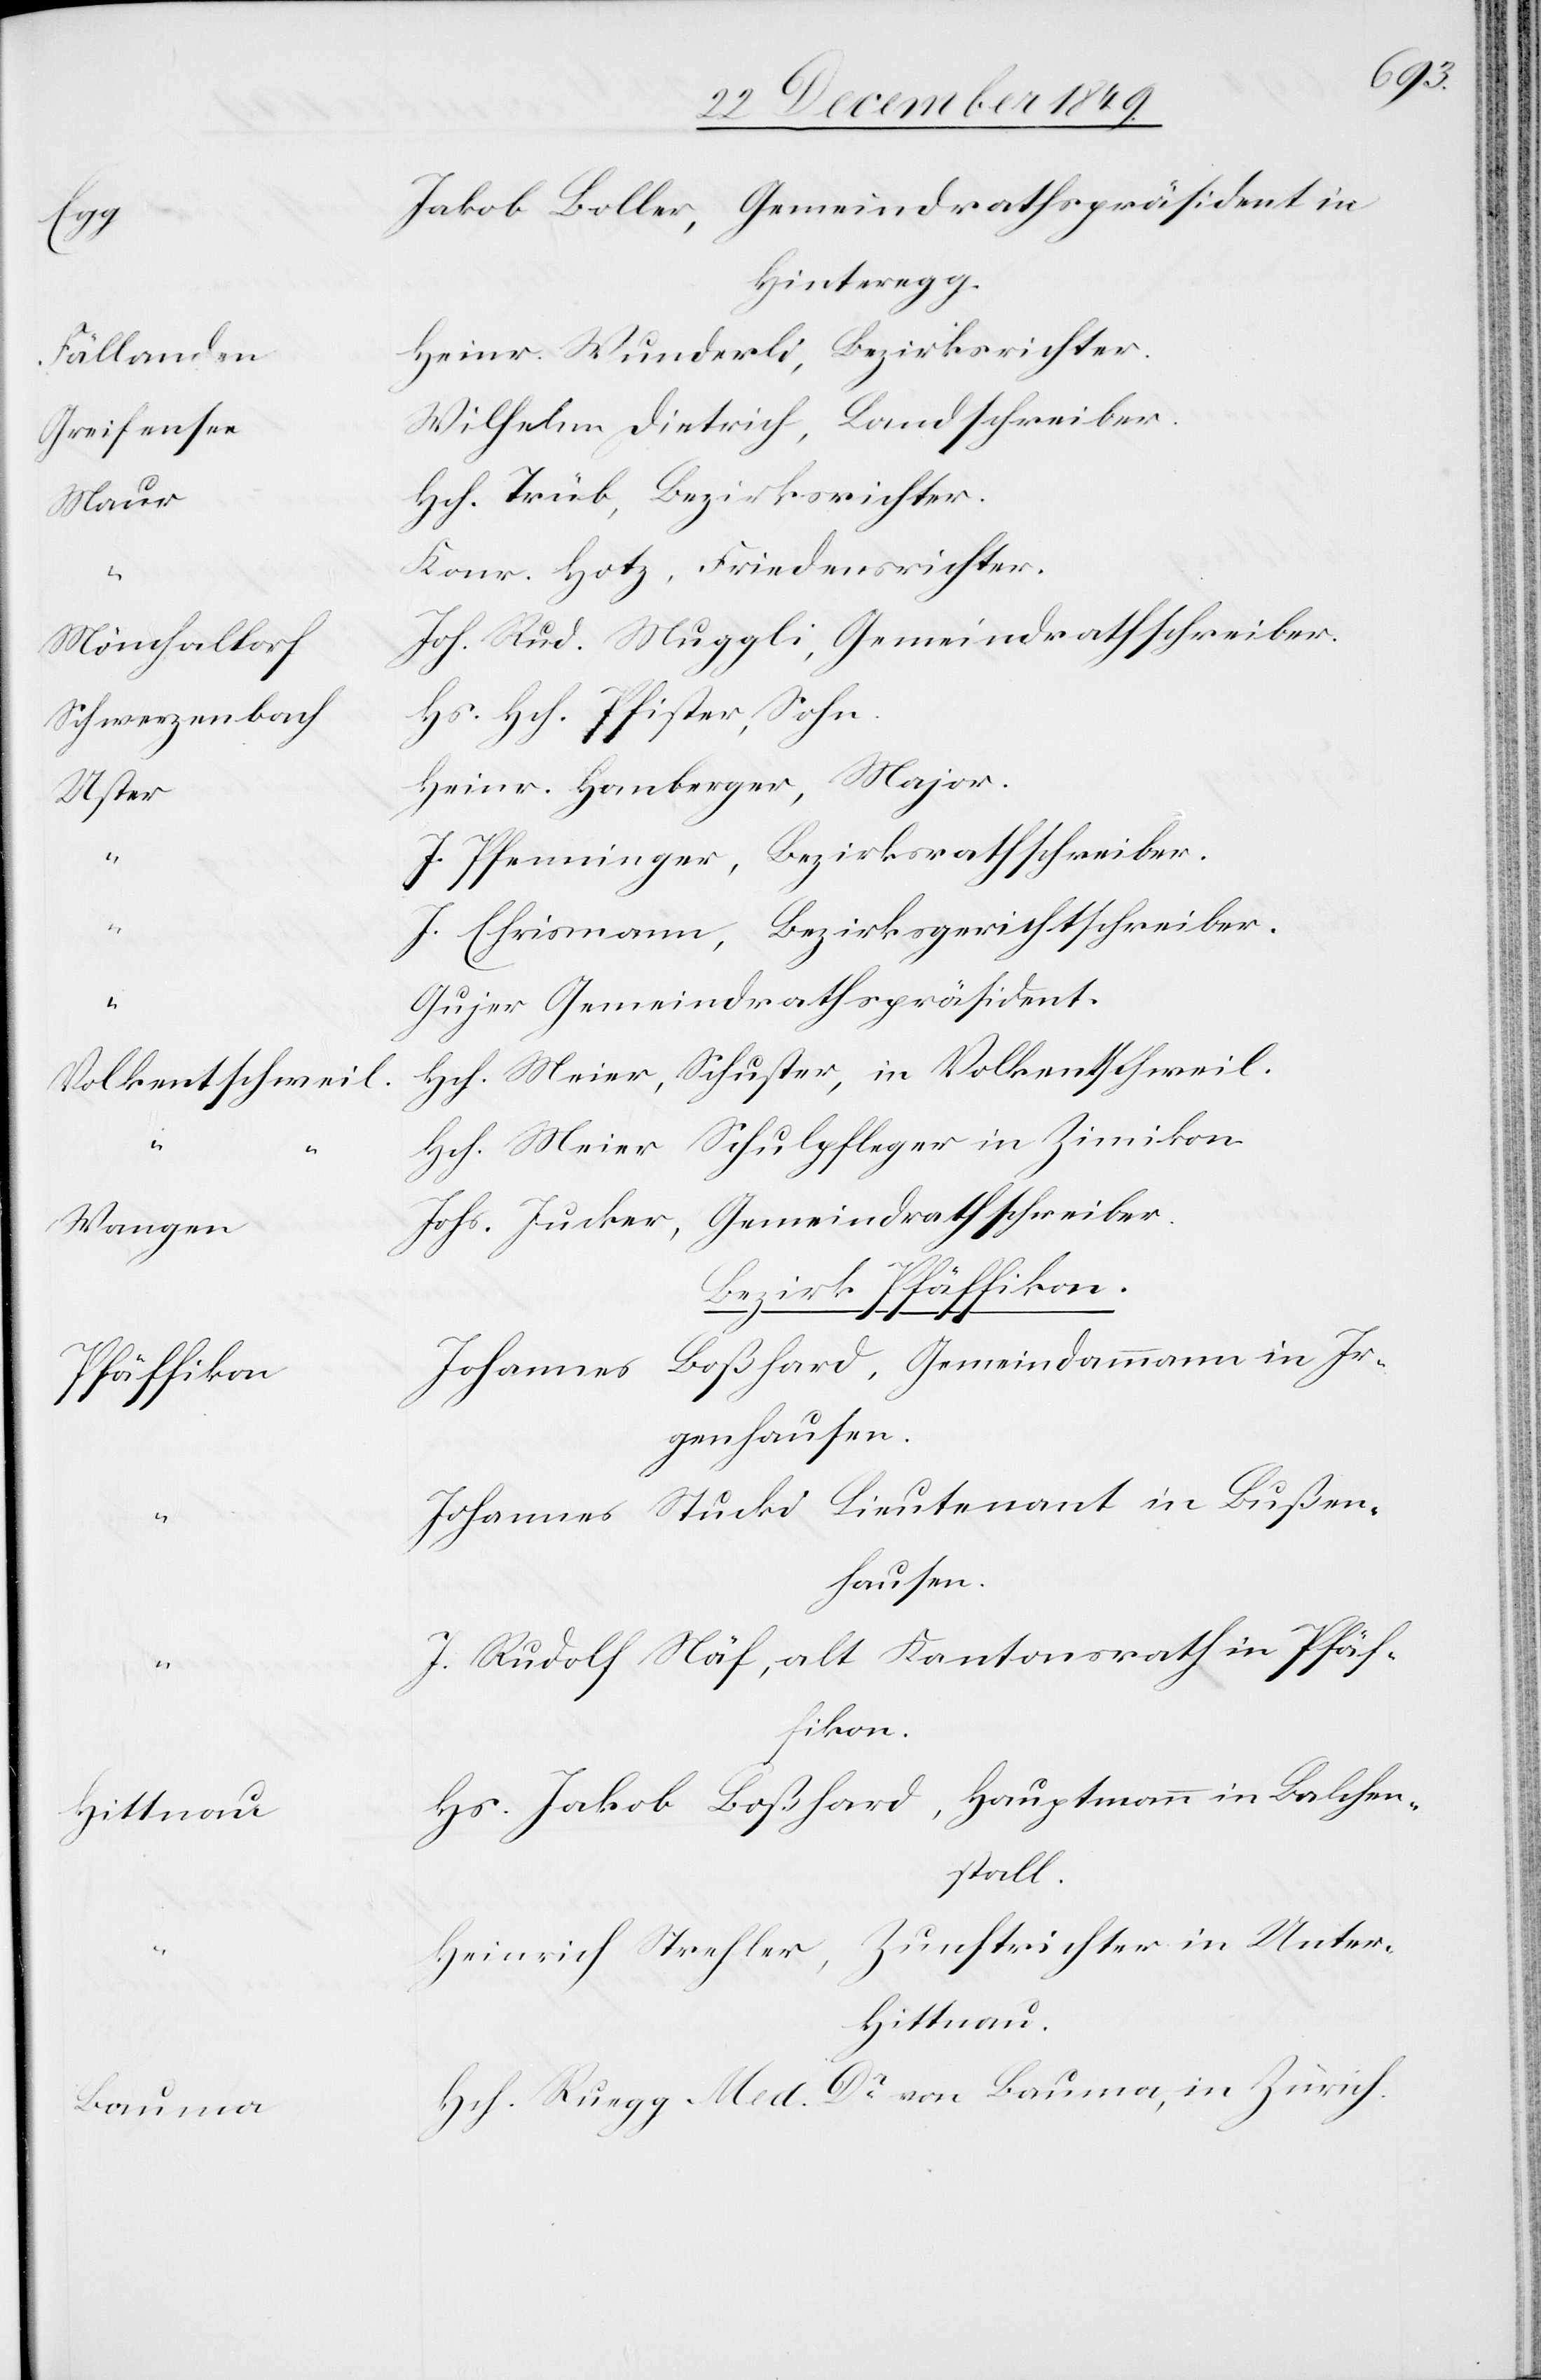
f		J¬
Fällande¬
Greifense¬
Mau¬
Mönchaltor¬
Schwerzenbac¬
Uste¬
Volkentschwei¬
Wangen		J¬
Pfäffiko¬
e		W¬

akob Boller, Gemeindrathspräsident in
Hinteregg.
einr. Wunderli, Bezirksrichter.
ilhelm Dietrich, Landschreiber.
ch. Trüb, Bezirksrichter.
Hotz, Friedensrichter.
oh. Rud. Muggli, Gemeindrathsschreiber.
h	Hs. Hch. Pfister, Sohn.
einr. Homberger, Major.
Pfenninger, Bezirksrathsschreiber.
Ehrismann, Bezirksgerichtsschreiber.
Gemeindrathspräsident.
l	Hch. Meier, Schuster, in Volkentschweil.
Meier Schulpfleger in Zimikon.
ohs. Jucker, Gemeindrathsschreiber.
Bezirk Pfäffikon
n		Johannes Boßhard, Gemeindammann in Ir¬
genhausen.
ohannes Stucki Lieutnant in Bußen¬
hausen.
Rudolf Näf, alt Kantonsrath in Pfäf¬
fikon.
Jakob Boßhard, Hauptmann in Balchen¬
stall.
einrich Strehler, Zunftrichter in Unter-H¬
ittnau.
Ruegg Med Dr von Bauma, in Zürich.

“				H¬